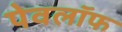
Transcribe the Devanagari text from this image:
पेवलॉफ